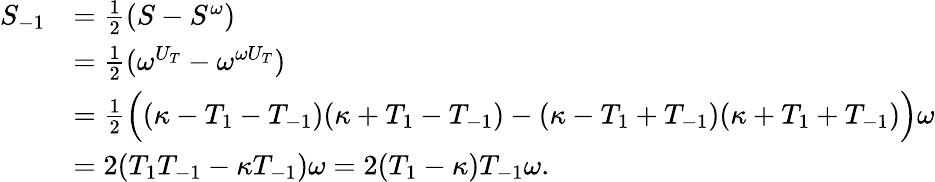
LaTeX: \begin{array}{rl}{S_{-1}}&{=\frac{1}{2}(S-S^{\omega})}\\ &{=\frac{1}{2}(\omega^{U_{T}}-\omega^{\omega U_{T}})}\\ &{=\frac{1}{2}\Big((\kappa-T_{1}-T_{-1})(\kappa+T_{1}-T_{-1})-(\kappa-T_{1}+T_{-1})(\kappa+T_{1}+T_{-1})\Big)\omega}\\ &{=2(T_{1}T_{-1}-\kappa T_{-1})\omega=2(T_{1}-\kappa)T_{-1}\omega.}\end{array}